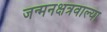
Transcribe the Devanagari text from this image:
जन्मनक्षत्रवाल्या